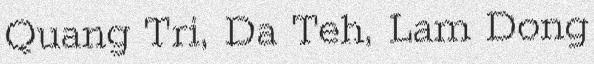
Quang Tri, Da Teh, Lam Dong